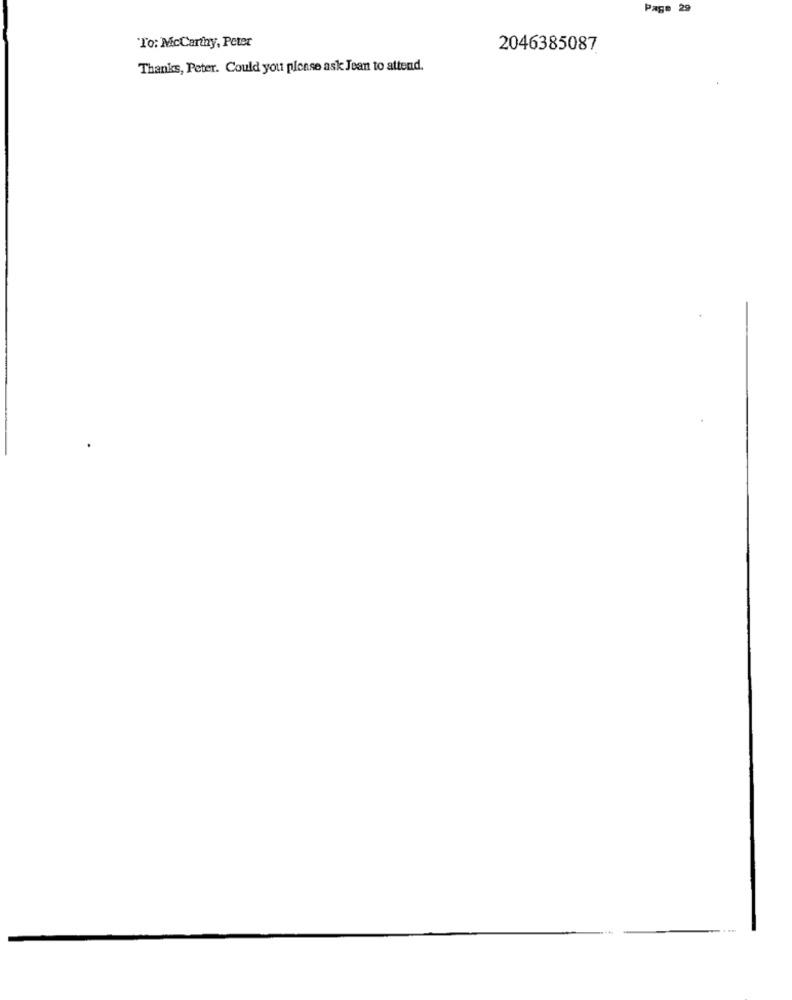
Page 29
To: McCartay, Peter
2046385087
Thanks, Peter. Could you please ask Jean to attend.